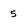
Character: 5